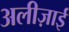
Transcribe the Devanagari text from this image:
अलीज़ाई